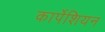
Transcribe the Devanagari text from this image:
कार्पेशियन